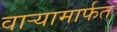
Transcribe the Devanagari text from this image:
वाऱ्यामार्फत